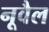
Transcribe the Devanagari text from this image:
नूवैल